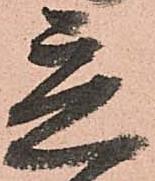
立